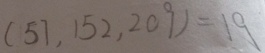
( 5 7 , 1 5 2 , 2 0 9 ) = 1 9